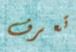
تعرف